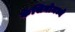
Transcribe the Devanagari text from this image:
कॅसिनोमध्ये